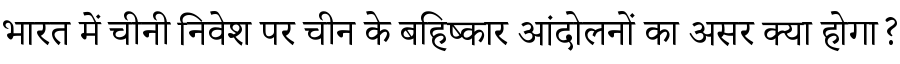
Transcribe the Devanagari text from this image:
भारत में चीनी निवेश पर चीन के बहिष्कार आंदोलनों का असर क्या होगा?